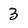
Character: 3